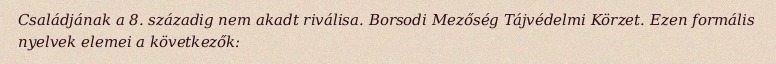
Családjának a 8. századig nem akadt riválisa. Borsodi Mezőség Tájvédelmi Körzet. Ezen formális nyelvek elemei a következők: